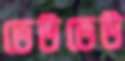
ভেউভেউ